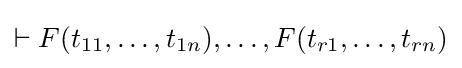
\vdash F(t_{11},\ldots ,t_{1n}),\ldots ,F(t_{r1},\ldots ,t_{rn})